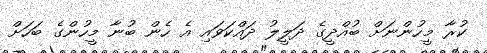
ކުރާ މީހުންނަށް ބުއްދީގެ ދަލީލު ދައްކަވައި އެ ހެން ބުނާ މީހުންގެ ބަހަށް